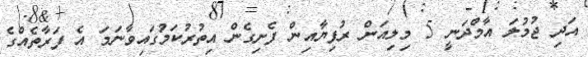
އަދި ޖުމުލަ އާމްދަނީ 5 މިލިއަން ރުފިޔާއިން ފެށިގެން އިތުރުކަމުގައިވާނަމަ އެ ފަރާތެއްގެ